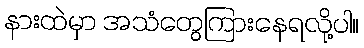
နားထဲမှာ အသံတွေကြားနေရလို့ပါ။